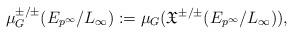
LaTeX: \begin{align*}\mu_G^{\pm/\pm}(E_{p^{\infty}}/L_\infty):=\mu_G(\mathfrak{X}^{\pm/\pm}(E_{p^{\infty}}/L_\infty)),\end{align*}